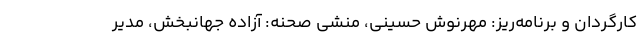
کارگردان و برنامه‌ریز: مهرنوش حسینی، منشی صحنه: آزاده جهانبخش، مدیر